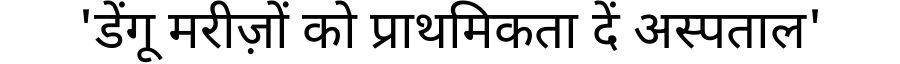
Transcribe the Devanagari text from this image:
'डेंगू मरीज़ों को प्राथमिकता दें अस्पताल'